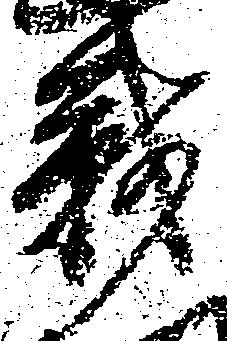
戦